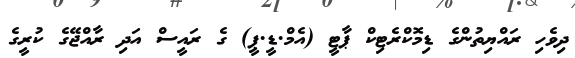
ދިވެހި ރައްޔިތުންގެ ޑިމޮކްރެޓިކް ޕާޓީ (އެމް.ޑީ.ޕީ) ގެ ރައީސް އަދި ރާއްޖޭގެ ކުރީގެ